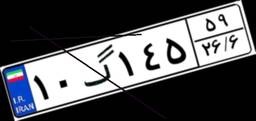
۱۰گ۱۴۵۵۹